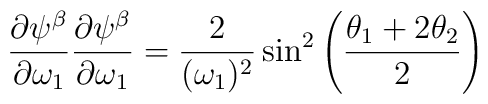
{\partial \psi ^\beta \over \partial \omega_1}{\partial \psi ^\beta \over \partial \omega_1} = {2 \over (\omega_1)^2} \sin ^2 \left({\theta_1 + 2\theta _2 \over 2} \right)